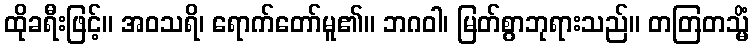
ထိုခရီးဖြင့်။ အဝသရိ၊ ရောက်တော်မူ၏။ ဘဂဝါ၊ မြတ်စွာဘုရားသည်။ တတြတသ္မိံ